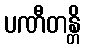
ပဏီတန္တိ